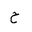
Letter: _ha